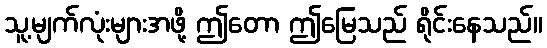
သူ့မျက်လုံးများအဖို့ ဤတော ဤမြေသည် ရိုင်းနေသည်။